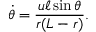
\dot { \theta } = \frac { u \ell \sin \theta } { r ( L - r ) } .